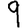
Digit: 9